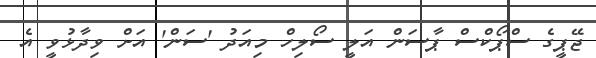
ޖޭޕީގެ ސްޕޯކްސް ޕާސަން އަލީ ސޯލިހް މިއަދު 'ސަން' އަށް ވިދާޅުވީ އެ